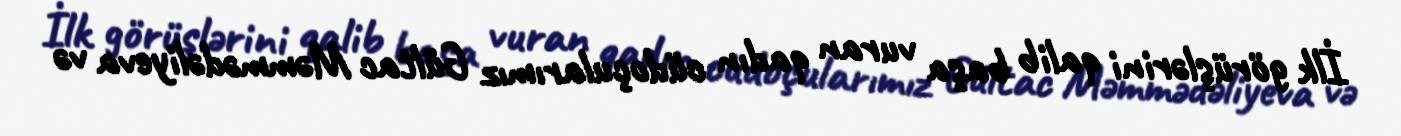
İlk görüşlərini qalib başa vuran qadın cüdoçularımız Gültac Məmmədəliyeva və